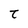
Character: t